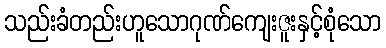
သည်းခံတည်းဟူသောဂုဏ်ကျေးဇူးနှင့်စုံသော